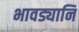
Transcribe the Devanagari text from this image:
भावड्यानि